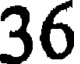
36